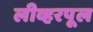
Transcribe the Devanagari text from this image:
लीव्हरपूल